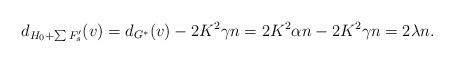
LaTeX: \begin{align*}d_{H_0+\sum F'_s}(v) =d_{G^*}(v)-2K^2 \gamma n= 2K^2\alpha n-2K^2 \gamma n=2\lambda n.\end{align*}